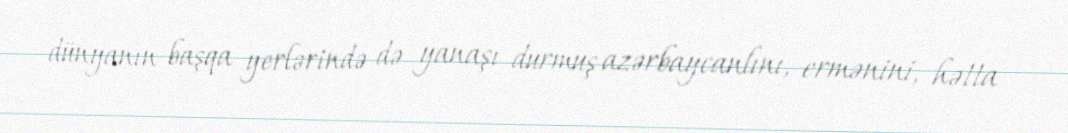
dünyanın başqa yerlərində də yanaşı durmuş azərbaycanlını, ermənini, hətta